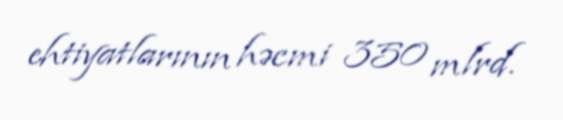
ehtiyatlarının həcmi 350 mlrd.